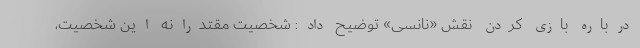
درباره بازی کردن نقش «نانسی» توضیح داد: شخصیت مقتدرانه این شخصیت،